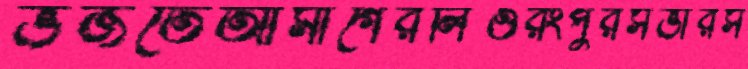
ভজতেআমাগেরলিওঁরংপুরসভারস